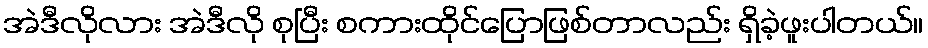
အဲဒီလိုလား အဲဒီလို စုပြီး စကားထိုင်ပြောဖြစ်တာလည်း ရှိခဲ့ဖူးပါတယ်။